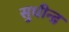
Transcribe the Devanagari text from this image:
सुधीन्द्र